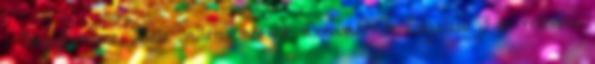
- Nagykanizsa, Zala .villamosmérnök üzemmérnök Legalább 3 év releváns